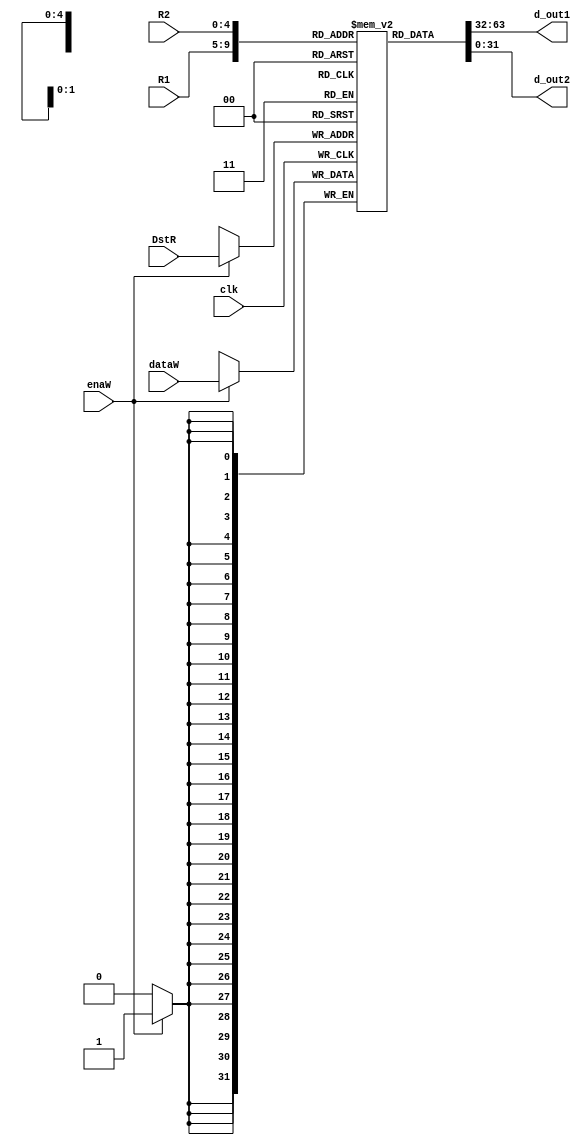
`timescale 1ns / 1ps

module Registers(input wire clk, input wire [4:0] R1, input wire [4:0] R2, input wire [4:0] DstR, input wire enaW, input wire [31:0] dataW, 
                output wire [31:0] d_out1, output wire [31:0] d_out2);
    
    reg [31:0] regFile [0:31];
    integer i = 0;
    
    initial begin
    //Zero register is always zero. Do NOT overwrite zero register
    
        for(i=0; i<32; i=i+1) begin
            regFile[i] = 32'd0; //initialize registers to zero
        end
    end

    always@(posedge clk ) begin
    if(enaW == 1) 
     regFile[DstR] <= dataW;
    end 
      
     assign d_out1 = regFile[R1];
     assign d_out2 = regFile[R2];
    
endmodule